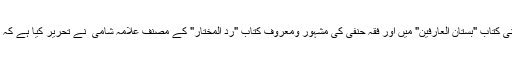
کتاب اللباس) شیخ فقیہ ابو اللیث سمرقندی ؒ (متوفی ۳۷۳ھ) نے اپنی کتاب "بستان العارفین" میں اور فقہ حنفی کی مشہور ومعروف کتاب "رد المختار" کے مصنف علامہ شامی ؒ نے تحریر کیا ہے کہ رنگوں میں پسندیدہ رنگ سفید ہے اور سفید لباس پہننا سنت ہے۔